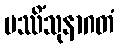
ပဿိံသုနာဂတံ